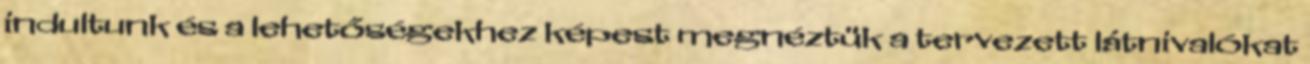
indultunk és a lehetőségekhez képest megnéztük a tervezett látnivalókat